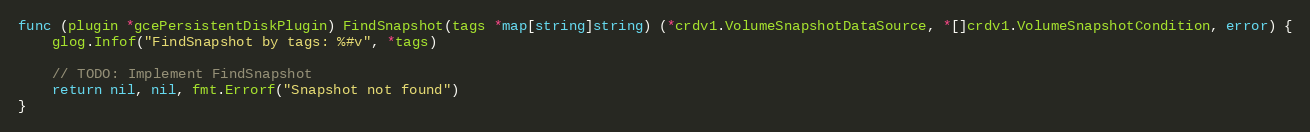
Language: Go
func (plugin *gcePersistentDiskPlugin) FindSnapshot(tags *map[string]string) (*crdv1.VolumeSnapshotDataSource, *[]crdv1.VolumeSnapshotCondition, error) {
	glog.Infof("FindSnapshot by tags: %#v", *tags)

	// TODO: Implement FindSnapshot
	return nil, nil, fmt.Errorf("Snapshot not found")
}